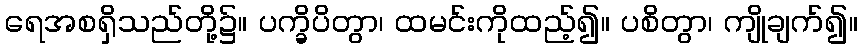
ရေအစရှိသည်တို့၌။ ပက္ခိပိတွာ၊ ထမင်းကိုထည့်၍။ ပစိတွာ၊ ကျိုချက်၍။